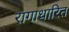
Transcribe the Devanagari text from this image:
रागाधारित